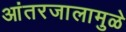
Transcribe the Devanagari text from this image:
आंतरजालामुळे